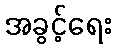
အခွင့်ရေး